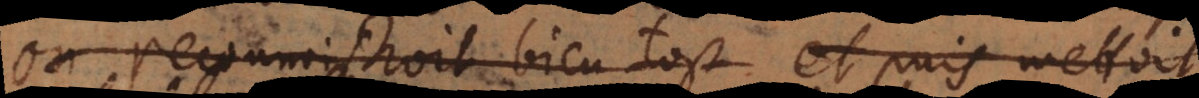
on reconnoistroit bien tost et puis mettoit